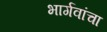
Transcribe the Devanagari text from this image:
भार्गवांचा